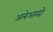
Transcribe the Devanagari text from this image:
अलेआरदो